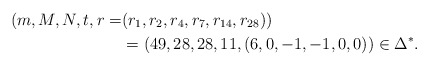
\begin{align*}(m,M,N,t,r=&(r_1, r_2, r_4, r_7, r_{14}, r_{28}))\\&=(49,28,28,11,(6, 0, -1, -1, 0, 0))\in\Delta^*.\end{align*}